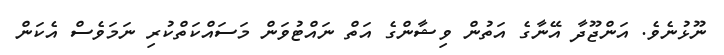
ނޫޅުނެވެ. އަންޖޫދާ އޭނާގެ އަތުން ވިޝާންގެ އަތް ނައްޓުވަން މަސައްކަތްކުރި ނަމަވެސް އެކަން